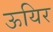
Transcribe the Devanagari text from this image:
ऊयिर